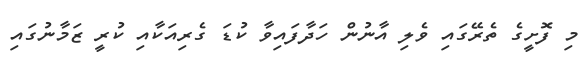
މި ފޮށީގެ ތެރޭގައި ވެލި އާނުން ހަދާފައިވާ ކުޑަ ގެރިއަކާއި ކުރީ ޒަމާނުގައި